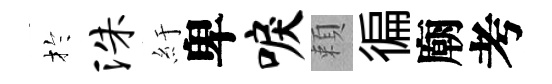
扵洙紆卑唳頼徧廟考